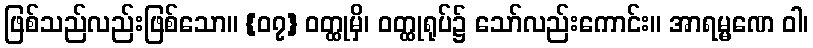
ဖြစ်သည်လည်းဖြစ်သော။ {၀၇} ဝတ္ထုမှိ၊ ဝတ္ထုရုပ်၌ သော်လည်းကောင်း။ အာရမ္မဏေ ဝါ၊